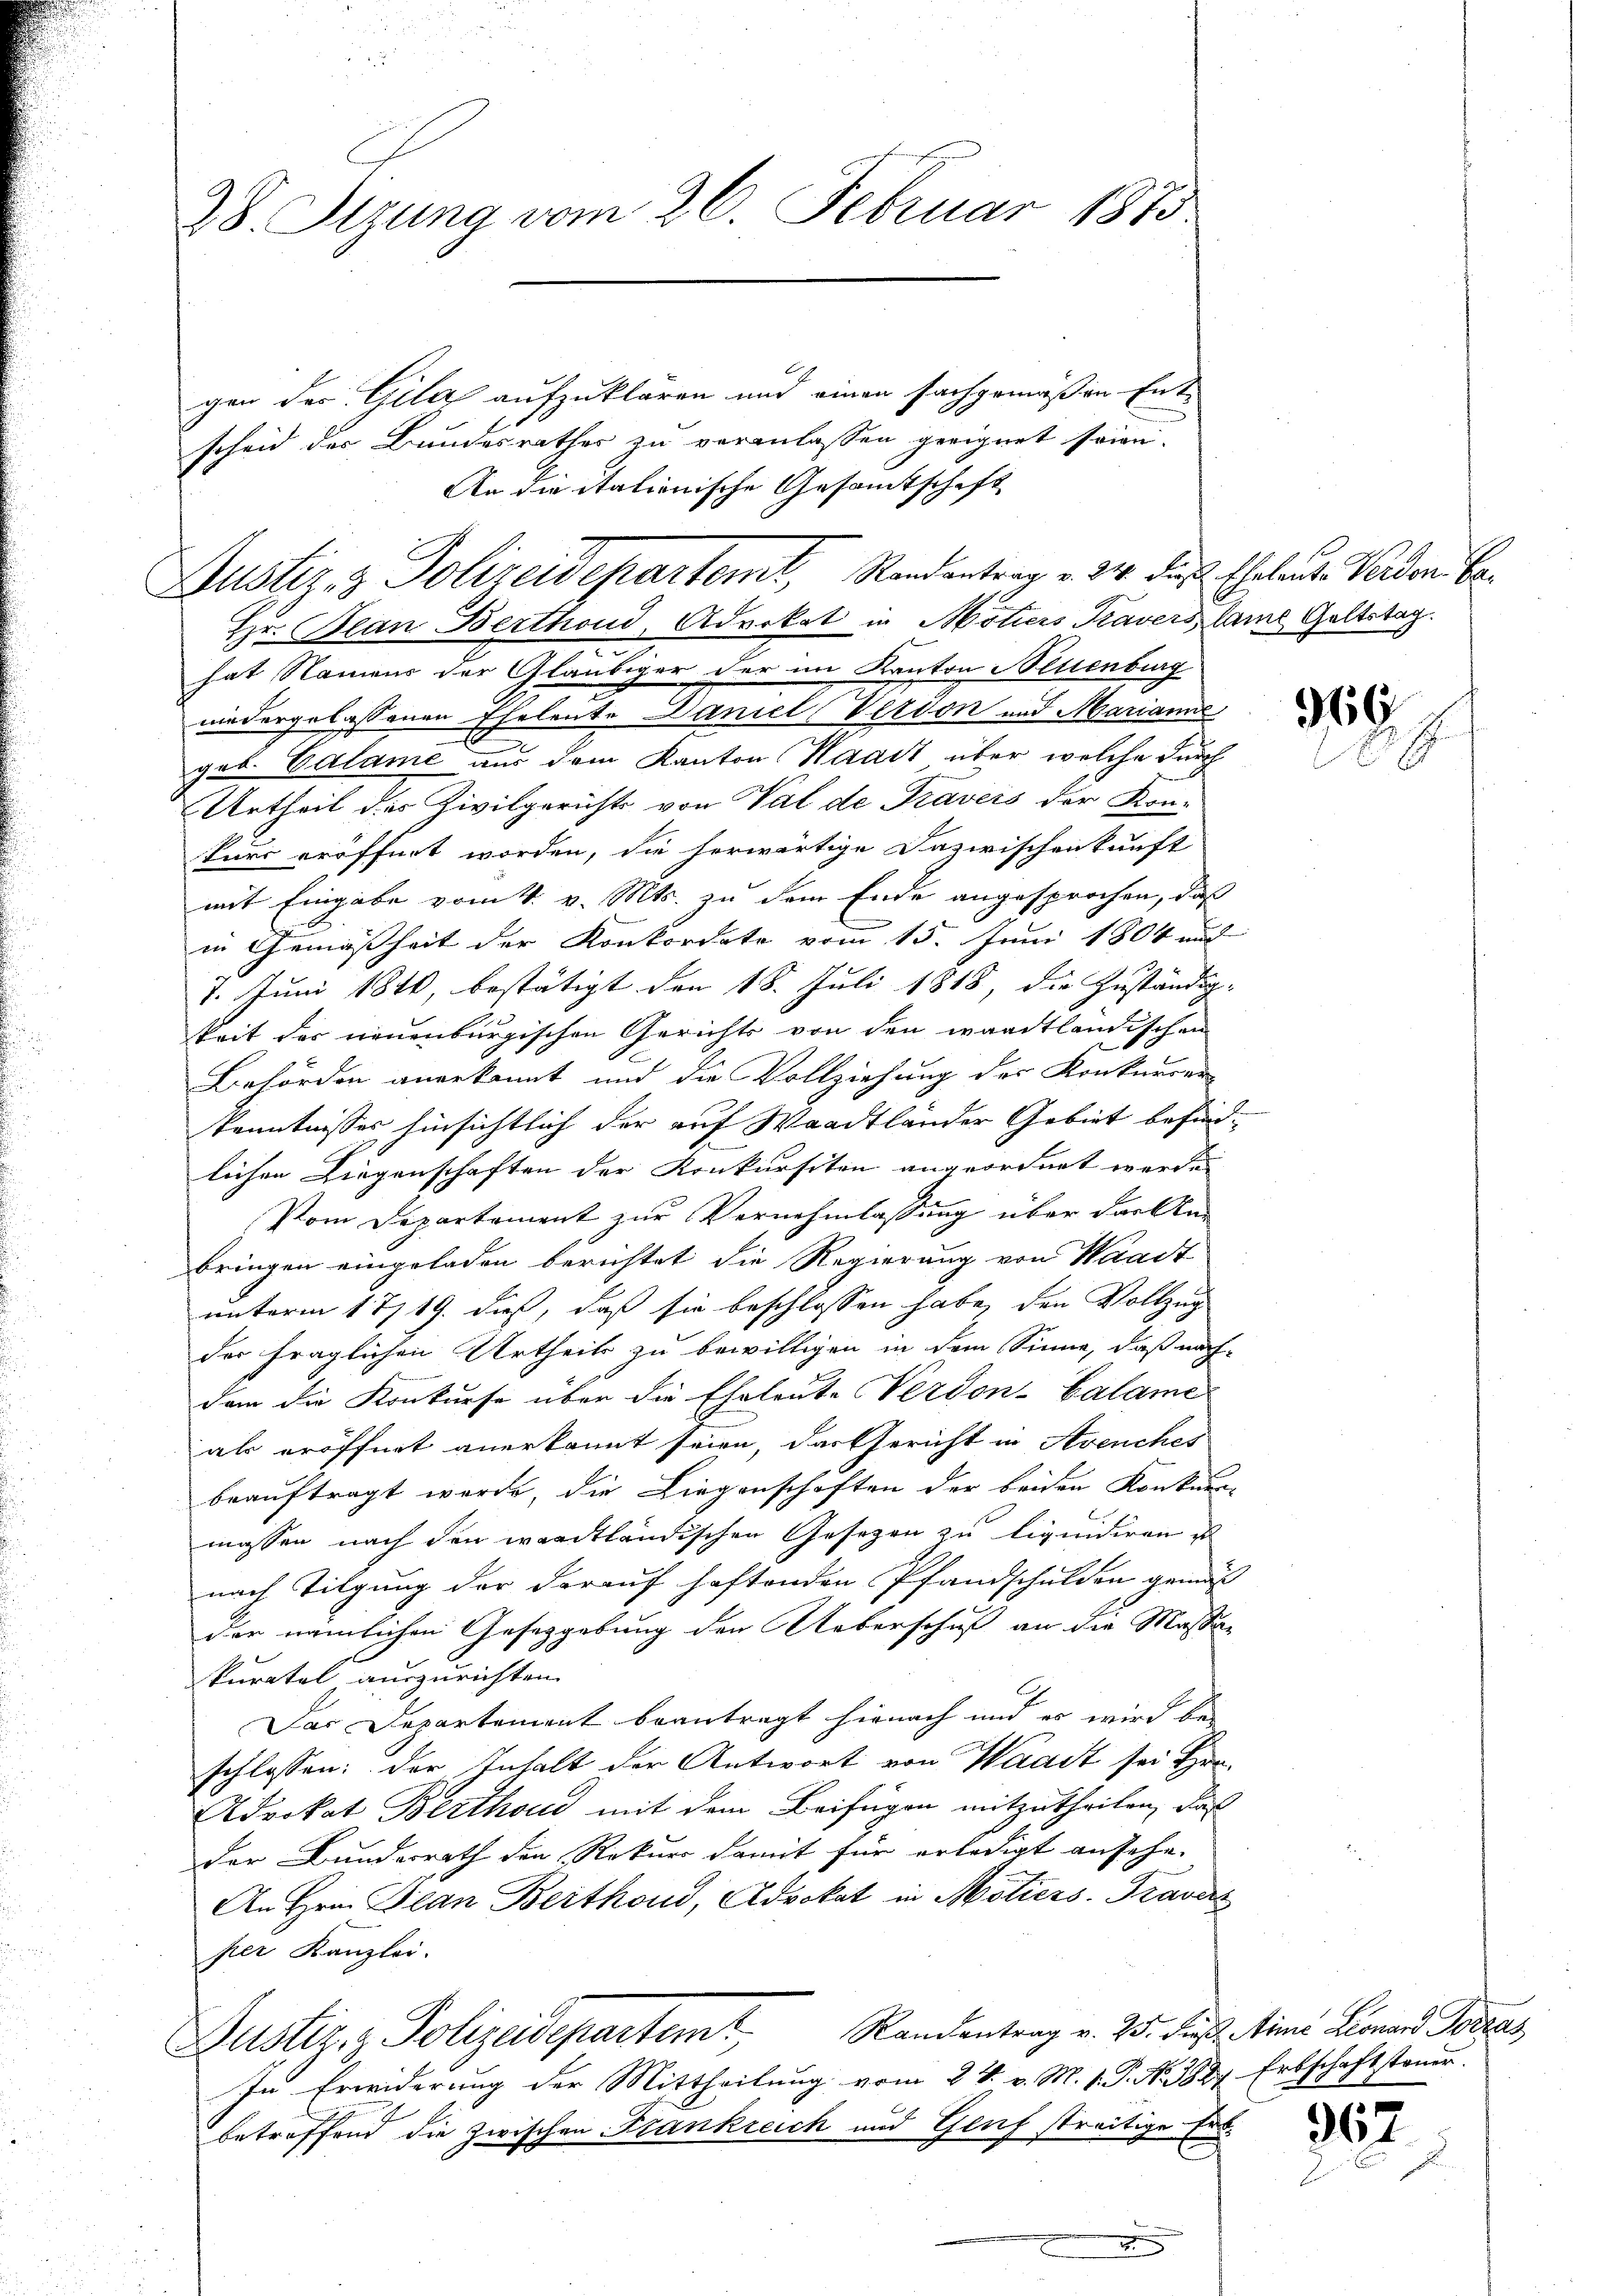
28. Sizung vom 26. Februar 1875

C
gen des Gila aufzuklären und einen sachgemäßen Entscheid der Bundesrathes zu veranlassen geeignet seien.
hat Namens der Gläubiger der im Kanton Neuenburg
niedergelassenen Eheleute Daniel Verson und Marianne
geb. Calame aus dem Kanton Waadt über welche durch
Urtheil des Zivilgerichts von Val de Traveis der Kon-
turs eröffnet worden, die herwärtige Dazwischenkunft
mit Eingabe vom 4. v. Mts. zu dem Ende angesprochen, daß
i
in Gemäßheit der Konkordate vom 15. Juni 1804 und
7. Juni 1840, bestätigt den 18. Juli 1818, die Zuständig-
keit der neuenburgischen Gerichts von den waadtländischen
Behörden anerkannt und die Vollziehung des Konkurren
Kenntnisses hinsichtlich der auf Waadtländer Gebiet befindlichen Liegenschaften der Konkursiten angeordnet werde.
Vom Departement zur Vernehmlassung über das An-
bringen eingeladen berichtet die Regierung von Waadt
unterm 17/19. dieß, daß sie beschlossen habe, den Vollzug
der fraglichen Urtheils zu bewilligen in dem Sinne, daß nach-
dem die Konkurse über die Eheleute Verdon-Calame
als eröffnet anerkannt seien, das Gericht in Avenches
beauftragt werde, die Liegenschaften der beiden Konkurs-
massen nach den waadtländischen Gesetzen zu liquidiren ist
nach Tilgung der darauf haftenden Pfandschulden gemäß
der nämlichen Gesetzgebung der Ueberschuß an die Massakuratel auszurichten
Das Departement beantragt hienach und es wird be-
schlossen: der Inhalt der Antwort von Waadt sei Hrn.
Adrokat Berthoud mit dem Beifügen mitzutheilen, daß
der Bunderrath den Rekurs damit für erledigt ansehe.
An Hrn. Plan Berthoud, Advokat in Motiers-Pravas
per Kanzlei.
Randentrag v. 25. dies Arme Leonard Porzas
Gustiz & Polizeidepartemt,
In Erwiderung der Mittheilung vom 24. v. M. v. P. Nr. 383. Erbschaftsteuer.
betreffend die zwischen Frankreich und Genf streitige Erb-

An die italionische Gesamtschaft
Justiz- & Polizeidepartemt, Randantrag v. 24. die Eheleute Verden Be¬
Hr. Plan Berthond, Advokat in Motiers Travers, lame Geltstag.

369

362.